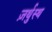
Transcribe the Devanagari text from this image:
ज़र्थुस्थ